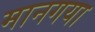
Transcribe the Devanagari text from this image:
मानगया